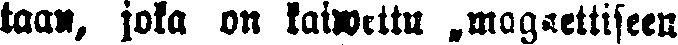
taan, joka on kaiwettu magneettiseen